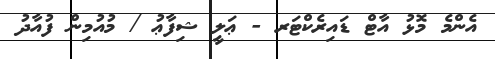
އެންމެ މޮޅު އާޓް ޑައިރެކްޓަރ - ޢަލީ ޝިފާޢު / މުއުމިން ފުއާދު